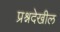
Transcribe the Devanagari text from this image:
प्रश्नदेखील